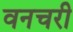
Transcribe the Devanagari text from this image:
वनचरी